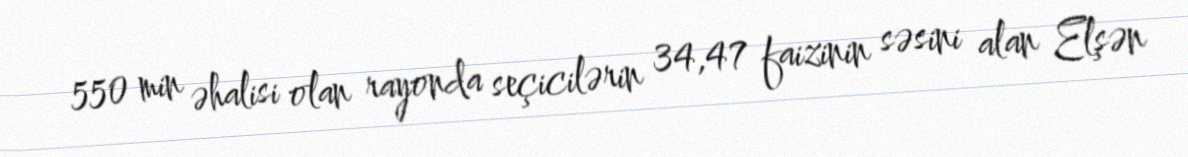
550 min əhalisi olan rayonda seçicilərin 34,47 faizinin səsini alan Elşən